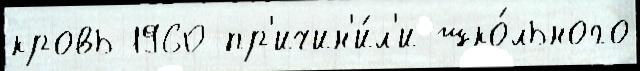
кровь 1960 пр'ичин'и́л'и шко́льного